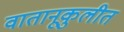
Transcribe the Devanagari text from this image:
वातानूकुलीत